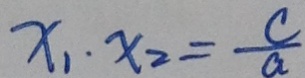
x _ { 1 } \cdot x _ { 2 } = \frac { c } { a }